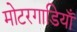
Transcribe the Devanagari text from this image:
मोटरगाडियाँ